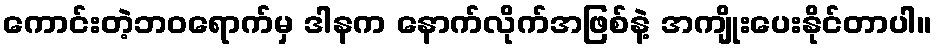
ကောင်းတဲ့ဘဝရောက်မှ ဒါနက နောက်လိုက်အဖြစ်နဲ့ အကျိုးပေးနိုင်တာပါ။